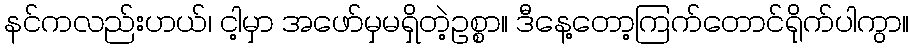
နင်ကလည်းဟယ်၊ ငါ့မှာ အဖော်မှမရှိတဲ့ဥစ္စာ။ ဒီနေ့တော့ကြက်တောင်ရိုက်ပါကွာ။